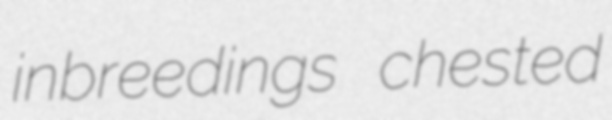
inbreedings chested